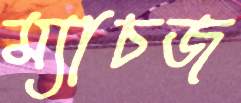
ম্যাচজ